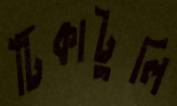
টিকাটুলি